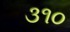
૩૧૦